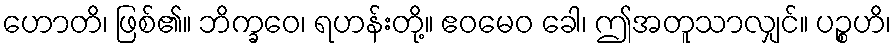
ဟောတိ၊ ဖြစ်၏။ ဘိက္ခဝေ၊ ရဟန်းတို့။ ဧဝမေဝ ခေါ၊ ဤအတူသာလျှင်။ ပဉ္စဟိ၊